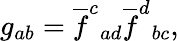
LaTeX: g_{ab}=\overline{{{f}}}^{c}{}_{ad}\overline{{{f}}}^{d}{}_{bc},